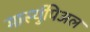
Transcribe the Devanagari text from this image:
मार्स्युपिअल